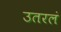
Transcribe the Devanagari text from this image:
उतरलं